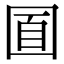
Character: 𡇢